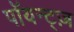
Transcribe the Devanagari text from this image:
पॉयन्ट्ज़